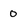
Character: 0